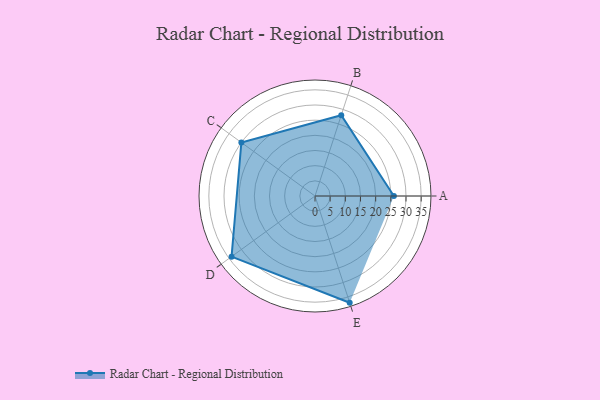
{"axis": {"x": "Skill", "y": "Score"}, "legend": ["Profile"], "data": [{"x": "A", "y": 26.0, "type": "Profile"}, {"x": "B", "y": 28.0, "type": "Profile"}, {"x": "C", "y": 30.0, "type": "Profile"}, {"x": "D", "y": 34.0, "type": "Profile"}, {"x": "E", "y": 37.0, "type": "Profile"}]}